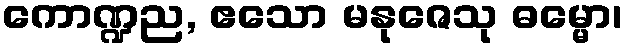
ကောဏ္ဍည, ဧသော မနုဇေသု ဓမ္မော၊